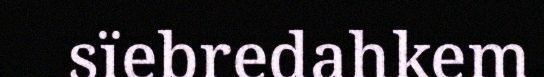
sïebredahkem